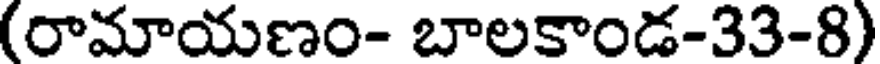
(రామాయణం- బాలకాండ-33-8)